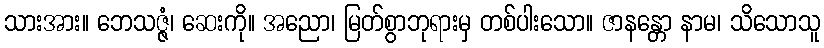
သားအား။ ဘေသဇ္ဇံ၊ ဆေးကို။ အညော၊ မြတ်စွာဘုရားမှ တစ်ပါးသော။ ဇာနန္တော နာမ၊ သိသောသူ